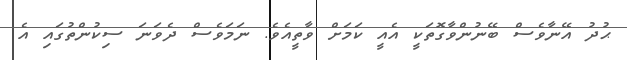
ޙުދު އޭނާވެސް ބޭނުންވާގޮތަކީ އެއީ ކަމަށް ވާތީއެވެ. ނަމަވެސް ދެވަނަ ސިކުންތުގައި އެ